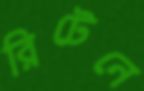
রিটেনে